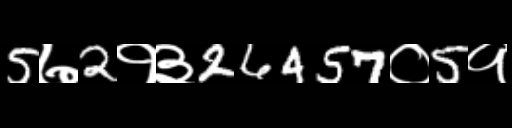
Text: 5७2१३26457०5१